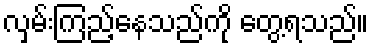
လှမ်းကြည့်နေသည်ကို တွေ့ရသည်။